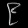
Digit: ၉